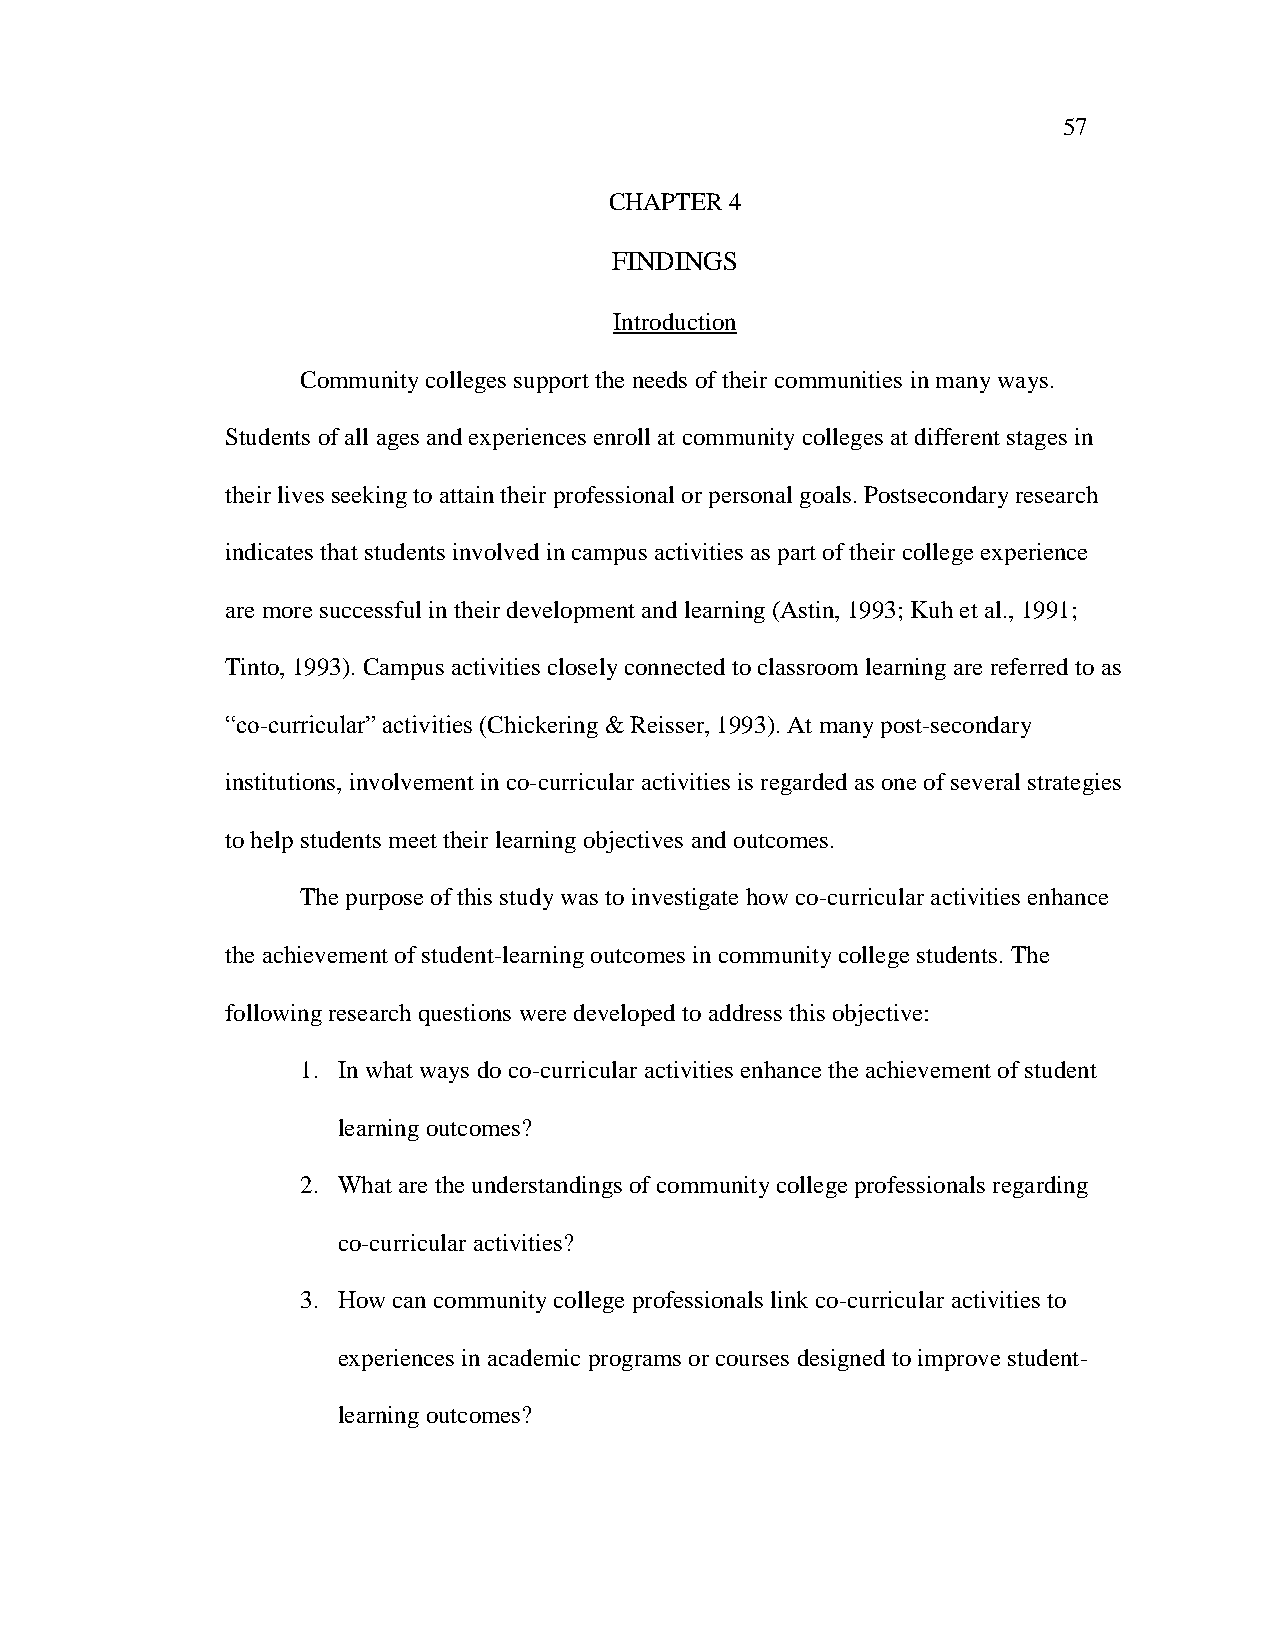
57
 CHAPTER 4
 FINDINGS
 Introduction
 Community colleges support the needs of their communities in many ways.
 Students of all ages and experiences enroll at community colleges at different stages in
 their lives seeking to attain their professional or personal goals. Postsecondary research
 indicates that students involved in campus activities as part of their college experience
 are more successful in their development and learning (Astin, 1993; Kuh et al., 1991;
 Tinto, 1993). Campus activities closely connected to classroom learning are referred to as
 ―co-curricular‖ activities (Chickering & Reisser, 1993). At many post-secondary
 institutions, involvement in co-curricular activities is regarded as one of several strategies
 to help students meet their learning objectives and outcomes.
 The purpose of this study was to investigate how co-curricular activities enhance
 the achievement of student-learning outcomes in community college students. The
 following research questions were developed to address this objective:
 1. In what ways do co-curricular activities enhance the achievement of student
 learning outcomes?
 2. What are the understandings of community college professionals regarding
 co-curricular activities?
 3. How can community college professionals link co-curricular activities to
 experiences in academic programs or courses designed to improve student-
 learning outcomes?